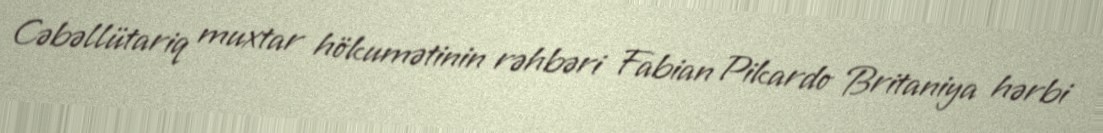
Cəbəllütariq muxtar hökumətinin rəhbəri Fabian Pikardo Britaniya hərbi